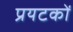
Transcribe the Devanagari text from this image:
प्रयटकों